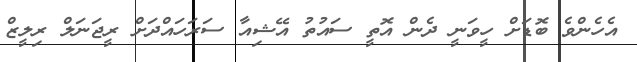
އެހެންވެ ބޮޑަށް ހީވަނީ ދެން އޮތީ ސައުތު އޭޝިއާ ސަރަހައްދަށް ރީޖަނަލް ރިލީޒް